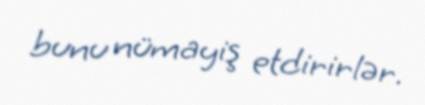
bunu nümayiş etdirirlər.